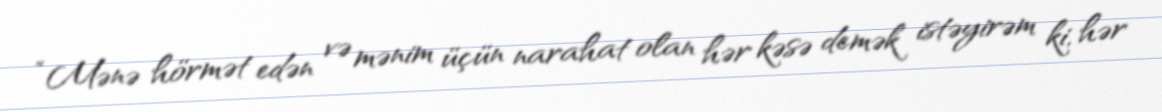
“Mənə hörmət edən və mənim üçün narahat olan hər kəsə demək istəyirəm ki, hər